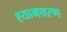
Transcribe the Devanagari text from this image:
श्यामचरण